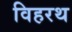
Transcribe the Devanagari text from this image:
विहरथ